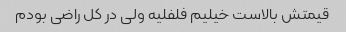
قیمتش بالاست خیلیم فلفلیه ولی در کل راضی بودم